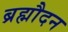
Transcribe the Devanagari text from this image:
ब्रह्मौदन